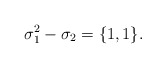
\begin{align*}\sigma_{1}^2-\sigma_2=\{1,1\}.\end{align*}